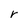
Character: r